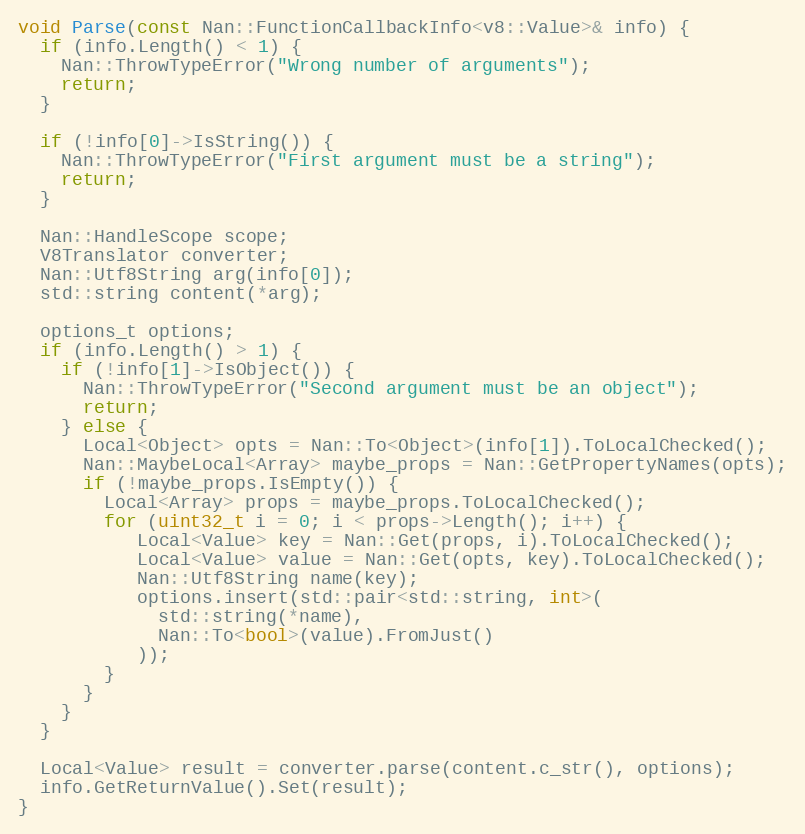
Language: C++
void Parse(const Nan::FunctionCallbackInfo<v8::Value>& info) {
  if (info.Length() < 1) {
    Nan::ThrowTypeError("Wrong number of arguments");
    return;
  }

  if (!info[0]->IsString()) {
    Nan::ThrowTypeError("First argument must be a string");
    return;
  }

  Nan::HandleScope scope;
  V8Translator converter;
  Nan::Utf8String arg(info[0]);
  std::string content(*arg);

  options_t options;
  if (info.Length() > 1) {
    if (!info[1]->IsObject()) {
      Nan::ThrowTypeError("Second argument must be an object");
      return;
    } else {
      Local<Object> opts = Nan::To<Object>(info[1]).ToLocalChecked();
      Nan::MaybeLocal<Array> maybe_props = Nan::GetPropertyNames(opts);
      if (!maybe_props.IsEmpty()) {
        Local<Array> props = maybe_props.ToLocalChecked();
        for (uint32_t i = 0; i < props->Length(); i++) {
           Local<Value> key = Nan::Get(props, i).ToLocalChecked();
           Local<Value> value = Nan::Get(opts, key).ToLocalChecked();
           Nan::Utf8String name(key);
           options.insert(std::pair<std::string, int>(
             std::string(*name),
             Nan::To<bool>(value).FromJust()
           ));
        }
      }
    }
  }

  Local<Value> result = converter.parse(content.c_str(), options);
  info.GetReturnValue().Set(result);
}